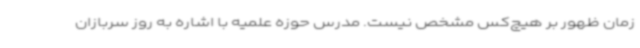
زمان ظهور بر هیچ‌کس مشخص نیست. مدرس حوزه علمیه با اشاره به روز سربازان